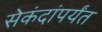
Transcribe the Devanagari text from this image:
सेकंदांपर्यंत